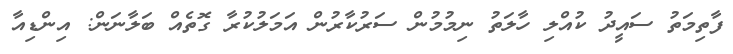
ފާތިމަތު ސައީދު ކުއްލި ހާލަތު ނިމުމުން ސަރުކާރުން އަމަލުކުރާ ގޮތެއް ބަލާނަން: އިންޑިއާ